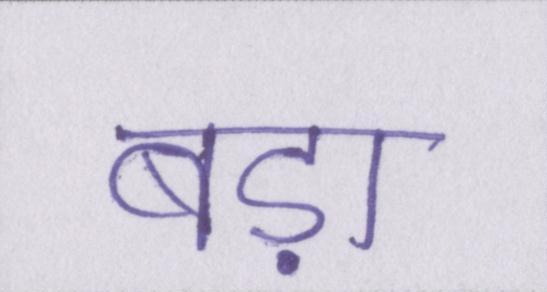
बड़ा